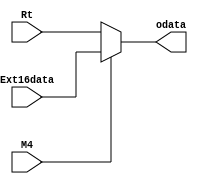
`timescale 1ns / 1ps
//////////////////////////////////////////////////////////////////////////////////
// Company: 
// Engineer: 
// 
// Design Name: 
// Module Name: MUX4
// Project Name: 
// Target Devices: 
// Tool Versions: 
// Description: 
// 
// Dependencies: 
// 
// Revision:
// Revision 0.01 - File Created
// Additional Comments:
// 
//////////////////////////////////////////////////////////////////////////////////


module MUX4(
input M4,
input [31:0]Rt,Ext16data,
output [31:0]odata
    );
    assign odata=M4?Ext16data:Rt;
endmodule